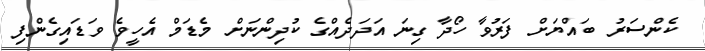
ކެންސަރު ބައްޔަށް ފަރުވާ ހޯދާ ގިނަ އަދަދެއްގެ ކުދިންނަށް މެޑަމް އެހީވެ ވަޑައިގެންފި